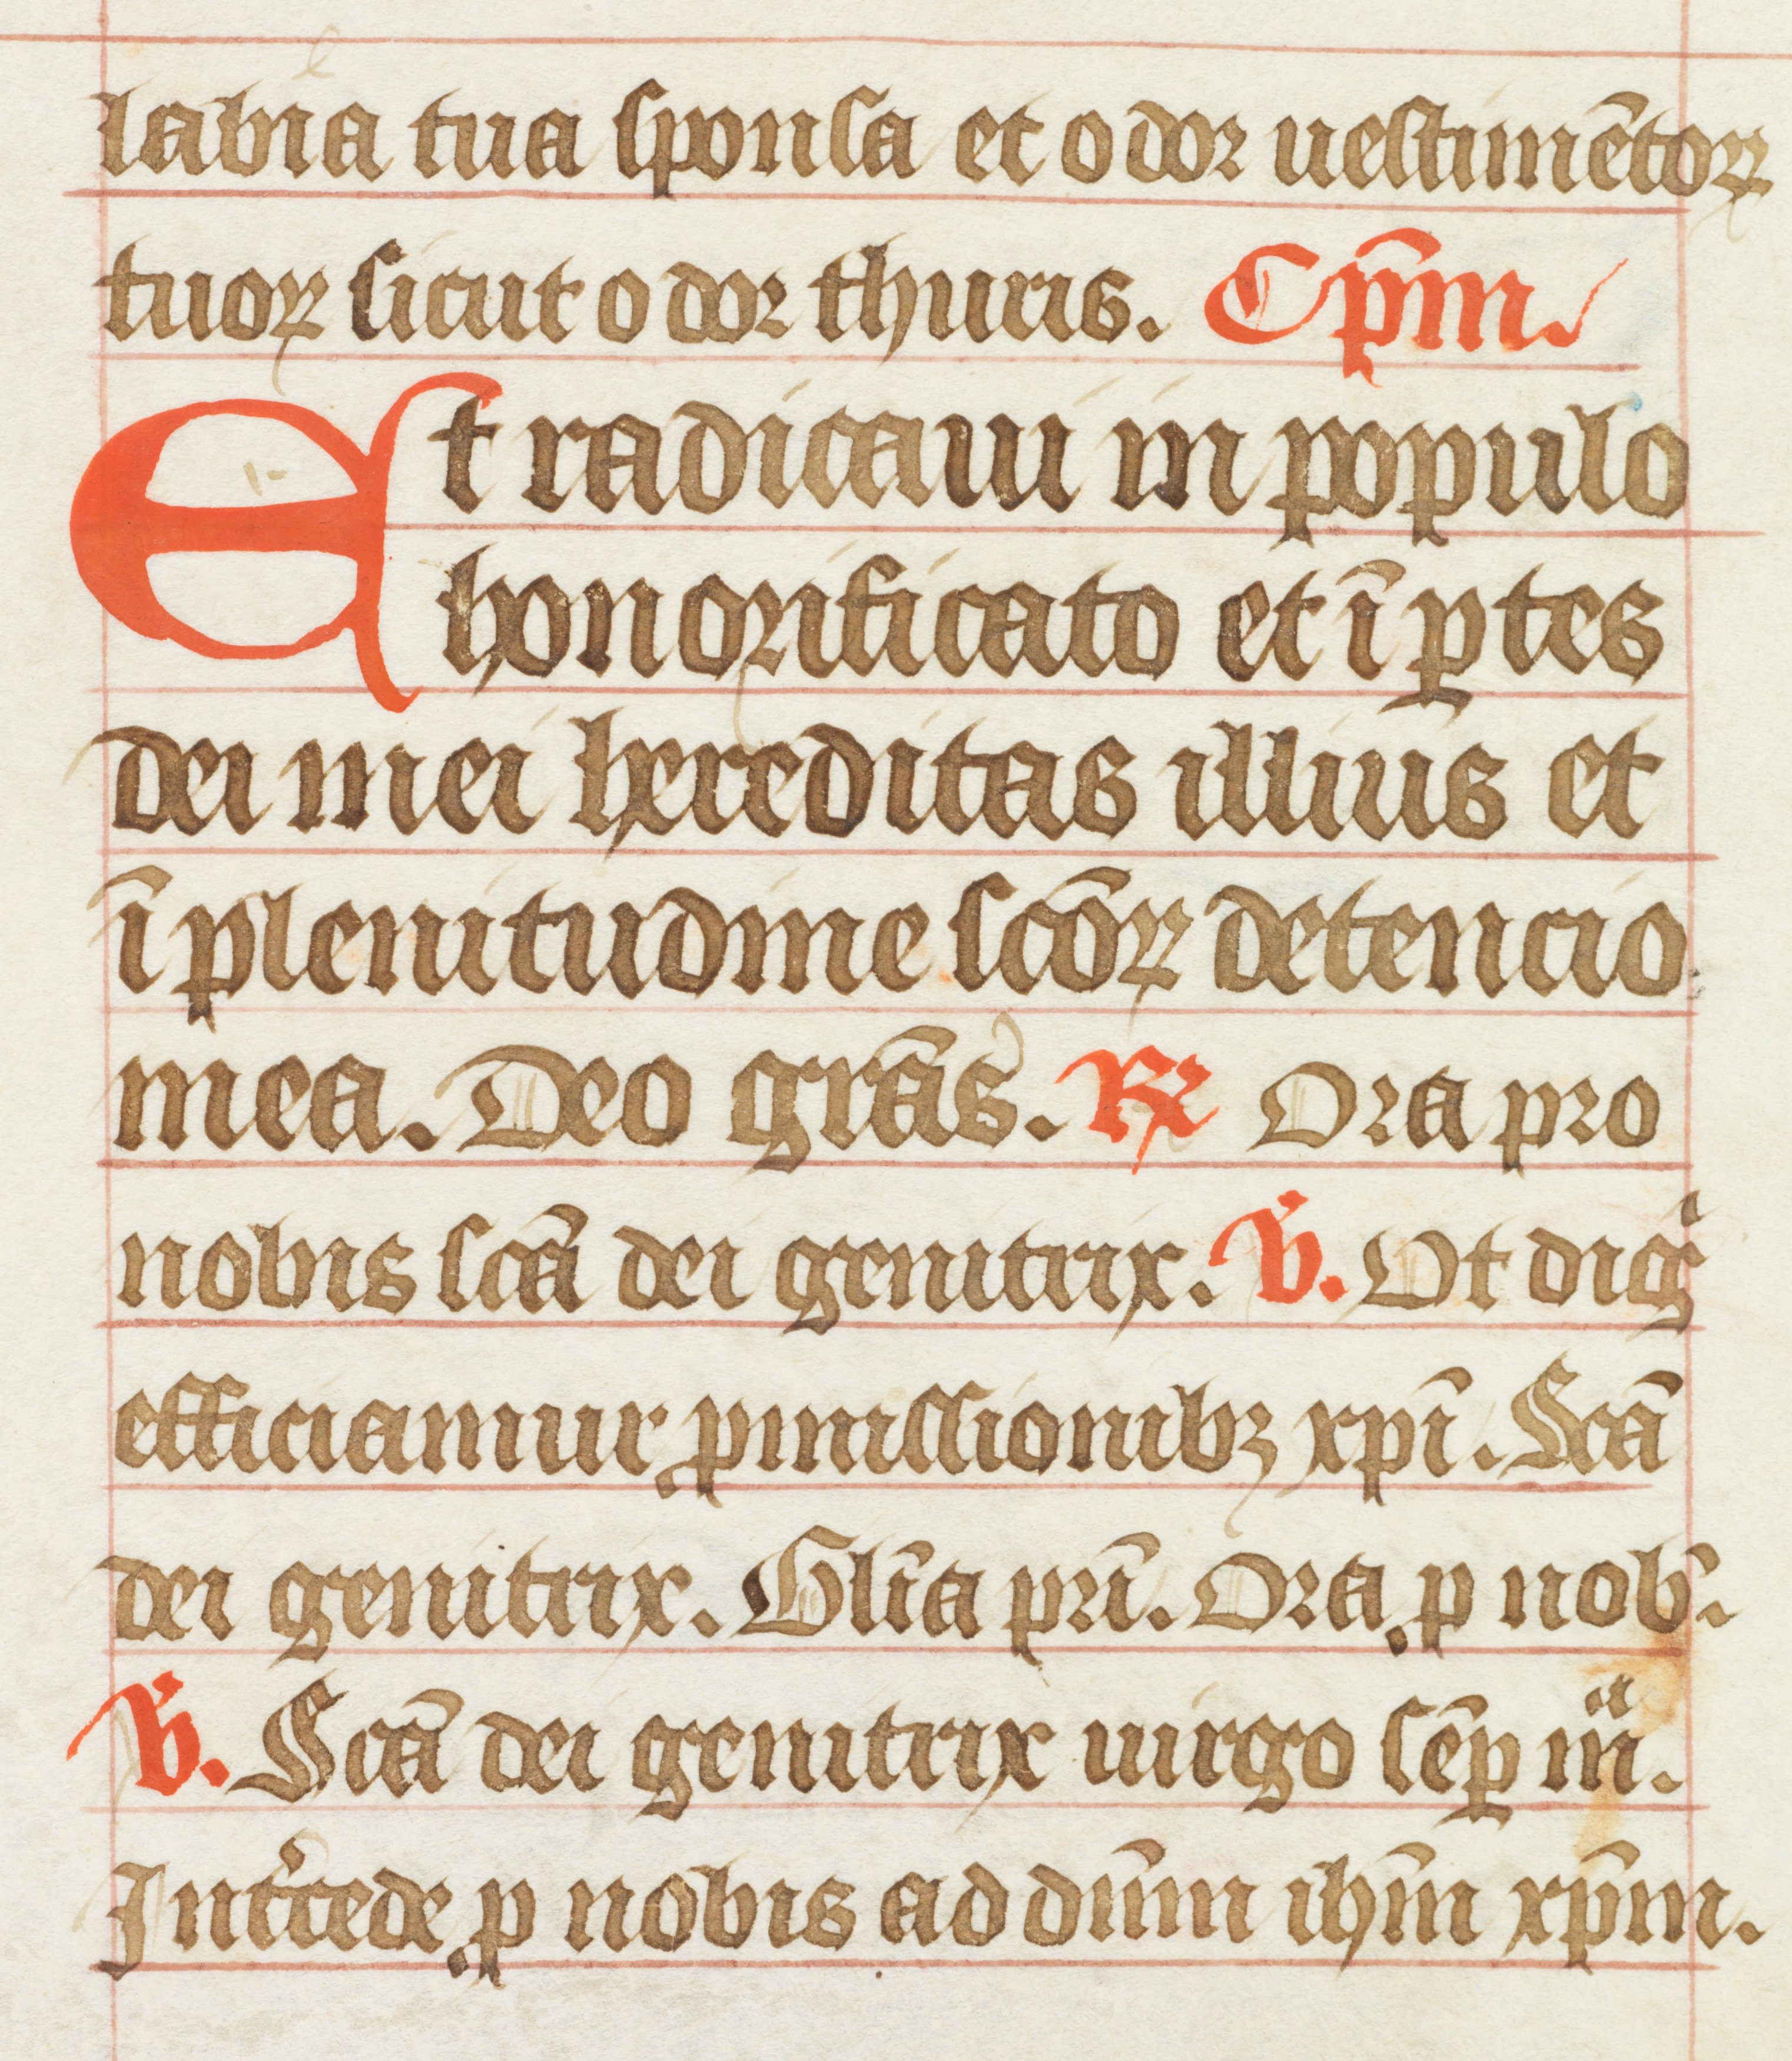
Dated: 1400–1415